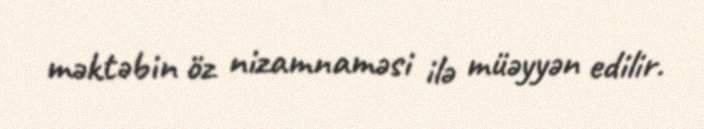
məktəbin öz nizamnaməsi ilə müəyyən edilir.